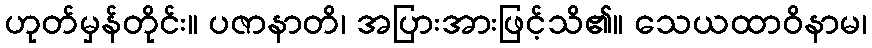
ဟုတ်မှန်တိုင်း။ ပဇာနာတိ၊ အပြားအားဖြင့်သိ၏။ သေယထာဝိနာမ၊